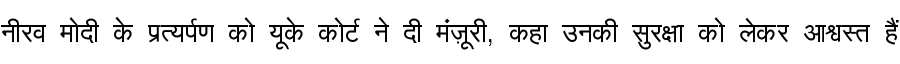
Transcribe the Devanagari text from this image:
नीरव मोदी के प्रत्यर्पण को यूके कोर्ट ने दी मंज़ूरी, कहा उनकी सुरक्षा को लेकर आश्वस्त हैं